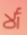
ألا